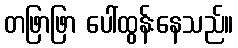
တဖြာဖြာ ပေါ်ထွန်းနေသည်။